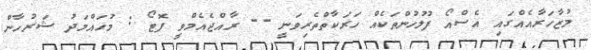
މުޒާހަރާއެއްގައި އެސްއޯ ފުލުހުންތަކެއް ހަރަކާތްތެރިވަނީ -- ރާއްޖެއެމްވީ ފޮޓޯ : މުހައްމަދު ޝަރުހާން